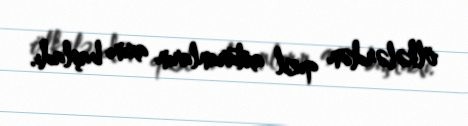
ölkələrdən qızıl axtaranların axını başladı.